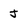
Character: J